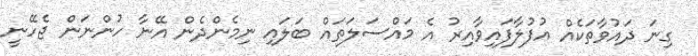
ގިނަ ދައުވާތަކެއް އުފުލާފައިވާއިރު އެ މައްސަލަތައް ބަލައި ނިމެންދެން އޭނާ ހުންނަން ޖެހޭނީ